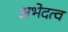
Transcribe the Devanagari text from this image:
अभेदत्व